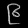
Digit: ၉